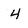
Character: 4